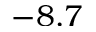
- 8 . 7